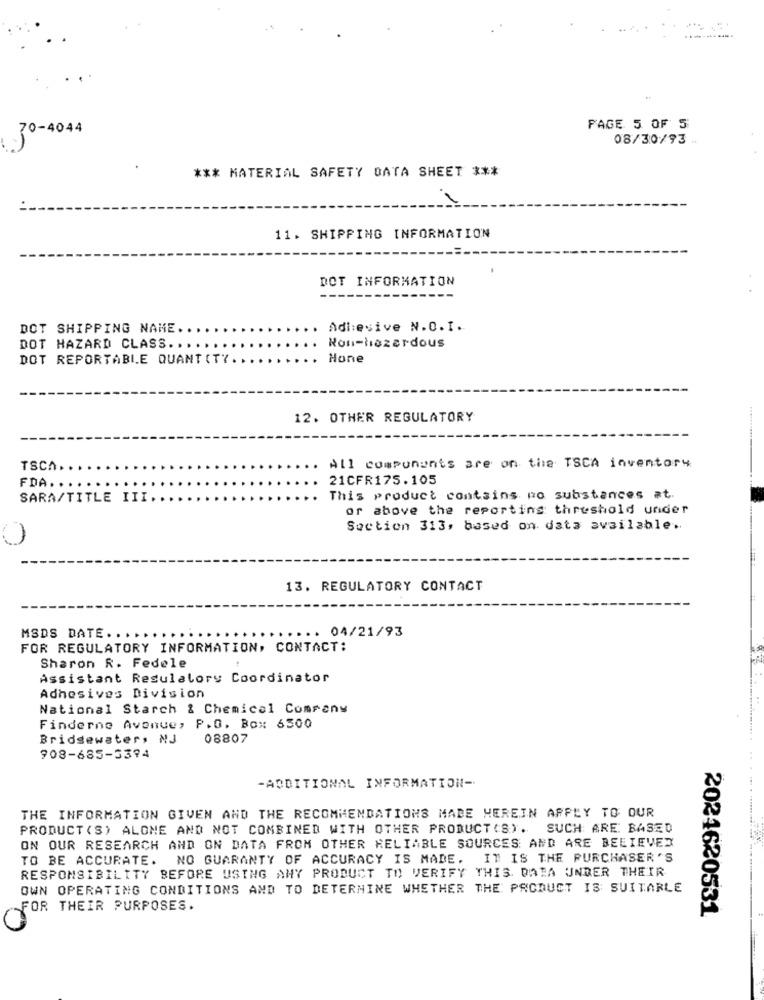
70-4044
PAGE 5 OF 5
08/30/93 .
*** MATERIAL SAFETY DATA SHEET ***
11. SHIPPING INFORMATION
DOT INFORMATION
DOT SHIPPING NAME.
Adhesive N.O.I.
DOT HAZARD CLASS. .....
Non-hazardous
DOT REPORTABLE QUANT ITY
Hone
12. OTHER REGULATORY
All components are on the TSCA inventory
TSCA.
FDA.
21CFR175.105
SARA/TITLE III.
This product contains po substances at.
or above the reporting threshold under
Section 313, based on data available ..
13. REGULATORY CONTACT
MSDS DATE. .
..... 04/21/93
FOR REGULATORY INFORMATION, CONTACT:
Sharon R. Fedele
Assistant Regulatory Coordinator
Adhesives Division
National Starch & Chemical Company
Finderne Avenue, P.O. Box 6500
Bridgewater, NJ
08807
908-685-5374
-ADDITIONAL INFORMATION-
THE INFORMATION GIVEN AND THE RECOMMENDATIONS MADE HEREIN APPLY TO OUR
PRODUCT (S) ALONE AND NOT COMBINED WITH OTHER PRODUCT (S). SUCH ARE BASED
ON OUR RESEARCH AND ON DATA FROM OTHER RELIABLE SOURCES AND ARE BELIEVEX
TO BE ACCURATE. NO GUARANTY OF ACCURACY IS MADE. IT IS THE PURCHASER'S
RESPONSIBILITY BEFORE USING ANY PRODUCT TO VERIFY THIS DATA UNDER THEIR
OWN OPERATING CONDITIONS AND TO DETERMINE WHETHER THE PRODUCT IS SUITABLE
FOR THEIR PURPOSES.
2024620531